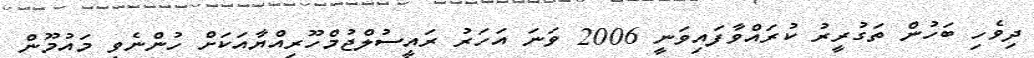
ދިވެހި ބަހުން ތަގުރީރު ކުރައްވާފައިވަނީ 2006 ވަނަ އަހަރު ރައީސުލްޖުމްހޫރިއްޔާއަކަށް ހުންނެވި މައުމޫން